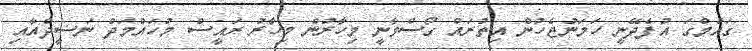
ގައުމްގަ އުފެދޭނީ ހަމަނުޖެހުން އިތުރައް ގޯސްވާނީ މިހާރުން މިހާރު ރައީސް މުހައްމަދް ނަޟީދްއާއި